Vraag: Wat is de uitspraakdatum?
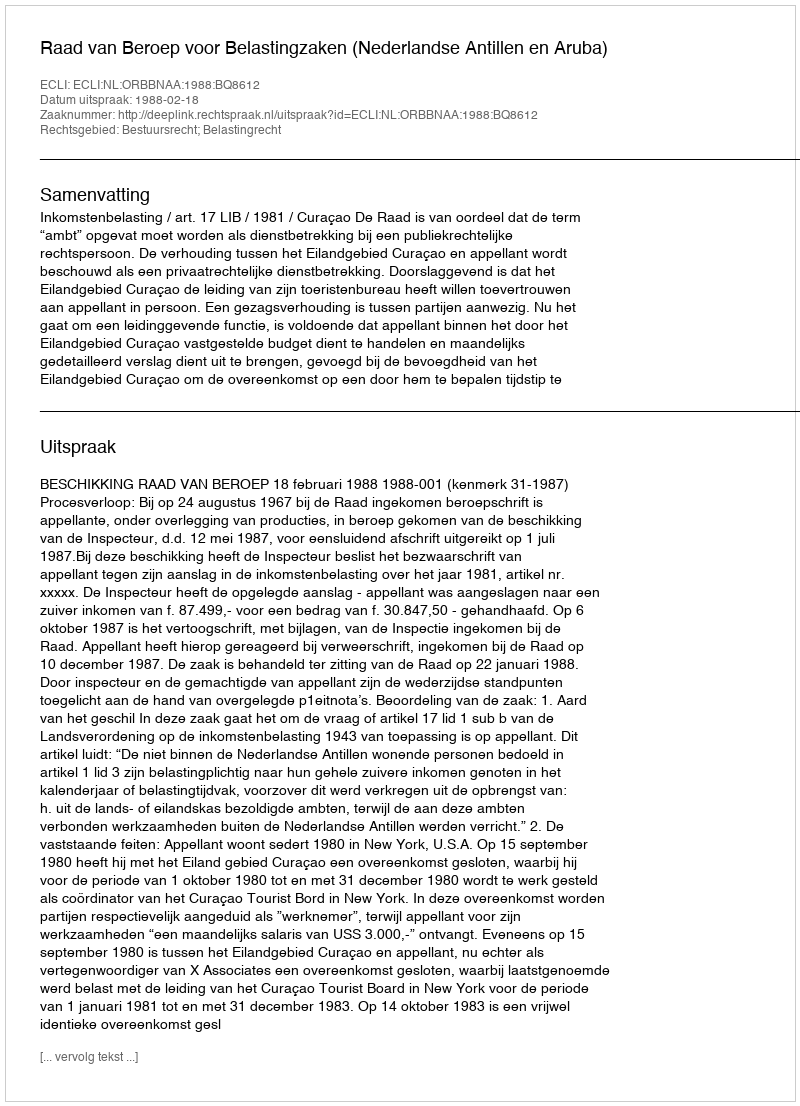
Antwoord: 1988-02-18